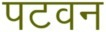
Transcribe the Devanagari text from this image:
पटवन